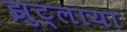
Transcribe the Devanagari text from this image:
झुट्लाया